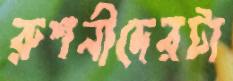
রুশনীদেরটা